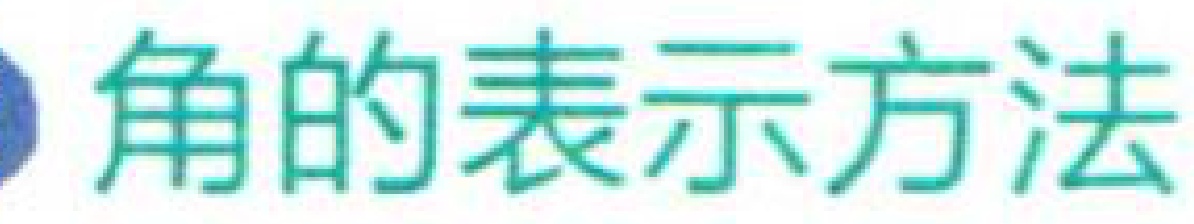
角的表示方法